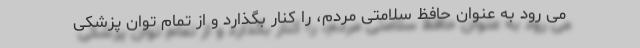
می رود به عنوان حافظ سلامتی مردم، را کنار بگذارد و از تمام توان پزشکی